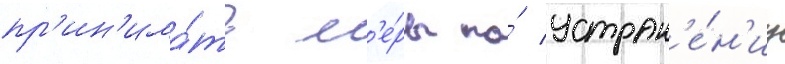
пр'ин'има́ть м'е́ры по́ устран'е́н'иу